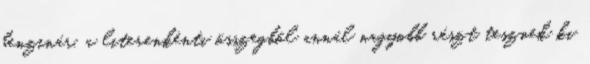
benzinár, a literenkénti összegből annál nagyobb részt tesznek ki